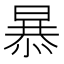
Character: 𭧂